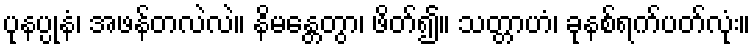
ပုနပ္ပုနံ၊ အဖန်တလဲလဲ။ နိမန္တေတွာ၊ ဖိတ်၍။ သတ္တာဟံ၊ ခုနစ်ရက်ပတ်လုံး။